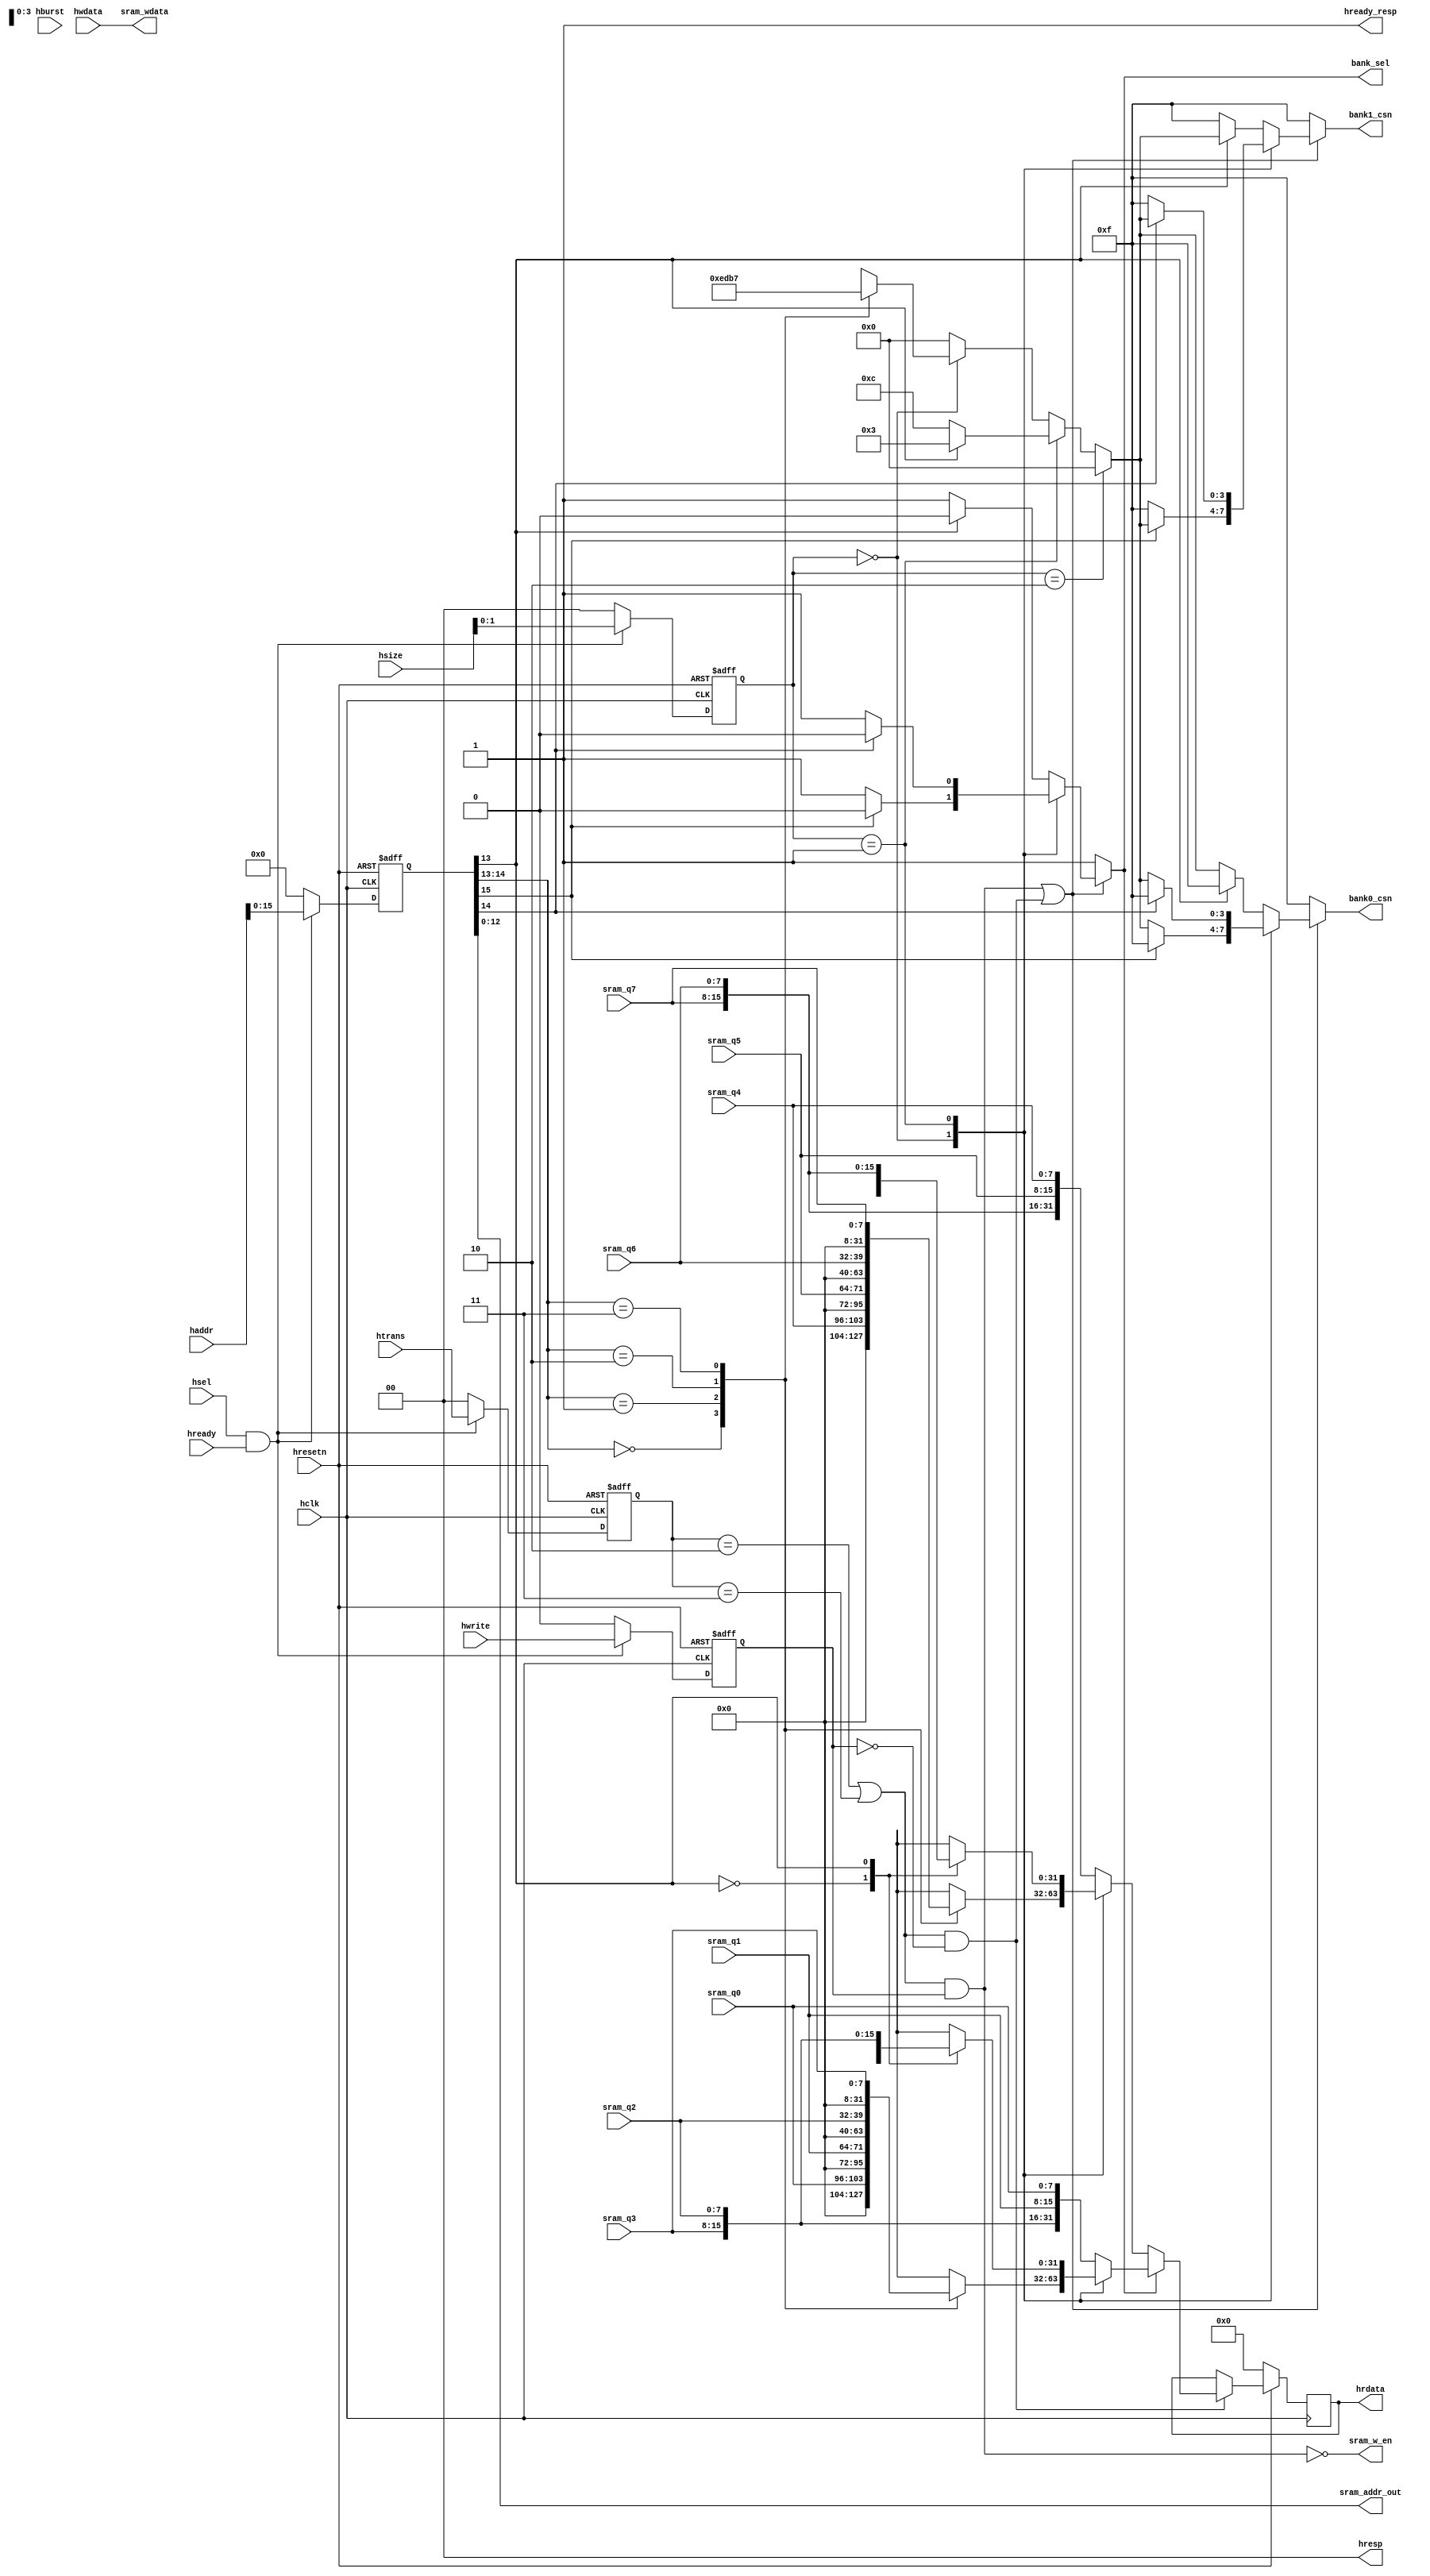
`timescale 1ns / 1ps
//////////////////////////////////////////////////////////////////////////////////


module ahb_slave_if(
    // Global signals
    input  hclk,
    input  hresetn,
    // AHB Master signals 
    input  hsel,                   
    input  hready,                 
    input  hwrite,                 
    input  [1:0]   htrans,         
    input  [2:0]   hsize,          
    input  [2:0]   hburst,         
    input  [31:0]  haddr,          
    input  [31:0]  hwdata,         
    // sram_core data output signals for read data from sram
    input  [7:0]  sram_q0,              
    input  [7:0]  sram_q1,              
    input  [7:0]  sram_q2,              
    input  [7:0]  sram_q3,
    input  [7:0]  sram_q4,
    input  [7:0]  sram_q5,
    input  [7:0]  sram_q6,
    input  [7:0]  sram_q7,
    


    // signals to AHB bus 
    output  [1:0]  hresp,             
    output         hready_resp,       
    output  [31:0] hrdata,            

    // sram read or write enable signals
    // when "sram_w_en" is low, it means write sram, when "sram_w_en" is high, it means read sram,
    output  sram_w_en,  

    // choose the write srams when bank is confirmed
    // bank_csn allows the four bytes in the 32-bit width to be written independently
    output  reg        bank_sel,
    output  reg [3:0]  bank0_csn,
    output  reg [3:0]  bank1_csn,

    // signals to sram_core in normal operation, it contains sram address and data writing into sram 
    output  [12:0]  sram_addr_out,          
    output  [31:0]  sram_wdata              
); 

    // internal registers used for temp the input ahb signals 
    // temperate all the AHB input signals
    reg         hwrite_r;         
    reg  [2:0]  hsize_r;          
    reg  [2:0]  hburst_r;         
    reg  [1:0]  htrans_r;         
    reg  [31:0] haddr_r;          

    reg  [3:0]  sram_csn;         
    // Internal signals    
    // "haddr'_sel" and hsize_sel" used to generate banks of sram: "bank0_sel" and "bank1_sel"
    wire  [1:0]  haddr_sel;
    wire  [1:0]  hsize_sel;

    wire         sram_csn_en;     

    wire         sram_write;     
    wire         sram_read;      
    wire  [15:0] sram_addr;      
    reg   [31:0] sram_data_out;  

    // transfer type signal encoding
    parameter  IDLE   = 2'b00; // htrans
    parameter  BUSY   = 2'b01;
    parameter  NONSEQ = 2'b10; 
    parameter  SEQ    = 2'b11;  
   
    parameter SUB_DATA = 1'b0;
//--------------------------------------------------------------------------------------------------------
//----------------------------------------------Main code------------------------------------------
//--------------------------------------------------------------------------------------------------------


    // Combitional portion ,     
    // assign the response and read data of the AHB slave
    // To implement sram function-writing or reading in one cycle, value of hready_resp is always "1"
    assign  hready_resp = 1'b1;    
    assign  hresp       = 2'b00;   

    // sram data output to AHB bus
    assign  hrdata = sram_data_out;  

    // Generate sram write and read enable signals
    assign  sram_write = ((htrans_r == NONSEQ) || (htrans_r == SEQ)) && hwrite_r;
    assign  sram_read = ((htrans_r == NONSEQ) || (htrans_r == SEQ)) && (! hwrite_r);
    assign  sram_w_en = !sram_write;     


    // Generate sram address 
    assign  sram_addr = haddr_r[15:0];      
    assign  sram_addr_out = sram_addr[12:0];
    // Generate bank select signals by the value of sram_addr[15].
    // Each bank(32K*32, comprises of four sram block(8K*8), and the width of the address of the bank is
    // 15 bits(14-0),so the sram_addr[15] is the minimum of the next bank. if it is value is '1', it means 
    // the next bank is selected.
    assign sram_csn_en = (sram_write || sram_read); 

    // signals used to generating sram chip select signal in one bank.


    assign  haddr_sel = sram_addr[14:13];    
    assign  hsize_sel  = hsize_r[1:0];

    // data from AHB writing into sram.
    assign  sram_wdata =hwdata;   




    always@(*)begin
        if(sram_csn_en)begin
            case(hsize_sel)
                2'b00:begin//8bit
                    bank0_csn = (sram_addr[15] == 1'b0)?sram_csn:4'b1111;
                    bank1_csn = (sram_addr[15] == 1'b1)?sram_csn:4'b1111;
                    bank_sel =  (sram_addr[15] == 1'b0)?1'b1:1'b0;
                end
                2'b01:begin                          
                    bank0_csn = (sram_addr[14] == 1'b0)?sram_csn:4'b1111;
                    bank1_csn = (sram_addr[14] == 1'b1)?sram_csn:4'b1111;
                    bank_sel =  (sram_addr[14] == 1'b0)?1'b1:1'b0;               
                end
                2'b10:begin                            
                    bank0_csn = (sram_addr[13] == 1'b0)?sram_csn:4'b1111;
                    bank1_csn = (sram_addr[13] == 1'b1)?sram_csn:4'b1111;
                    bank_sel =  (sram_addr[13] == 1'b0)?1'b1:1'b0;                
                end
                default:begin//32            
                    bank0_csn = (sram_addr[13] == 1'b0)?sram_csn:4'b1111;
                    bank1_csn = (sram_addr[13] == 1'b1)?sram_csn:4'b1111;
                    bank_sel =  (sram_addr[13] == 1'b0)?1'b1:1'b0;                 
                end
            endcase
        end
        else begin
            bank0_csn = 4'b1111;
            bank1_csn = 4'b1111;
            bank_sel  = 1'b1;
        end
    end
    
        
    // Choose the right data output of two banks(bank0,bank1) according to the value of bank_sel.
    
    // If bank_sel = 1'b1, bank1 selected;or, bank0 selected.    
   
    always@(posedge hclk)begin
        if(!hresetn)begin
            sram_data_out <= {32{SUB_DATA}};
        end
        else if(sram_read)begin
            if(bank_sel)begin
                case(hsize_sel)
                    2'b00:begin//data size 8bit
                        case(haddr_sel)
                            2'b00:sram_data_out <= {{24{SUB_DATA}},sram_q0};
                            2'b01:sram_data_out <= {{24{SUB_DATA}},sram_q1};
                            2'b10:sram_data_out <= {{24{SUB_DATA}},sram_q2};
                            2'b11:sram_data_out <= {{24{SUB_DATA}},sram_q3};
                        endcase
                    end
                    2'b01:begin//data size 16bit
                         case(haddr_sel[0])
                            1'b0:sram_data_out <= {{16{SUB_DATA}},sram_q1,sram_q0};
                            1'b1:sram_data_out <= {{16{SUB_DATA}},sram_q3,sram_q2};
                        endcase                   
                     
                    end
                    2'b10:sram_data_out <= {sram_q3,sram_q2,sram_q1,sram_q0};//data size 32bit
                    default:begin 
                          sram_data_out <= {sram_q3,sram_q2,sram_q1,sram_q0};//data size 32bit                  
                    end
                endcase
            end
            else begin
                 case(hsize_sel)
                    2'b00:begin//data size 8bit
                        case(haddr_sel)
                            2'b00:sram_data_out <= {{24{SUB_DATA}},sram_q4};
                            2'b01:sram_data_out <= {{24{SUB_DATA}},sram_q5};
                            2'b10:sram_data_out <= {{24{SUB_DATA}},sram_q6};
                            2'b11:sram_data_out <= {{24{SUB_DATA}},sram_q7};
                        endcase
                    end
                    2'b01:begin//data size 16bit
                         case(haddr_sel[0])
                            1'b0:sram_data_out <= {{16{SUB_DATA}},sram_q5,sram_q4};
                            1'b1:sram_data_out <= {{16{SUB_DATA}},sram_q7,sram_q6};
                        endcase                   
                     
                    end
                    2'b10:sram_data_out <= {sram_q7,sram_q6,sram_q5,sram_q4};//data size 32bit
                    default:begin 
                          sram_data_out <= {sram_q7,sram_q6,sram_q5,sram_q4};//data size 32bit                   
                   end
                endcase           
            end
        end
        else begin
            sram_data_out <= sram_data_out;
        end
    end



    // always@(*)begin
    //     if(!hresetn)begin
    //         sram_data_out = {32{SUB_DATA}};
    //     end
    //     else if(sram_read)begin
    //         if(bank_sel)begin
    //             case(hsize_sel)
    //                 2'b00:begin//data size 8bit
    //                     case(haddr_sel)
    //                         2'b00:sram_data_out = {{24{SUB_DATA}},sram_q0};
    //                         2'b01:sram_data_out = {{24{SUB_DATA}},sram_q1};
    //                         2'b10:sram_data_out = {{24{SUB_DATA}},sram_q2};
    //                         2'b11:sram_data_out = {{24{SUB_DATA}},sram_q3};
    //                     endcase
    //                 end
    //                 2'b01:begin//data size 16bit
    //                      case(haddr_sel[0])
    //                         1'b0:sram_data_out = {{16{SUB_DATA}},sram_q1,sram_q0};
    //                         1'b1:sram_data_out = {{16{SUB_DATA}},sram_q3,sram_q2};
    //                     endcase                   
                     
    //                 end
    //                 2'b10:sram_data_out = {sram_q3,sram_q2,sram_q1,sram_q0};//data size 32bit
    //                 default:begin 
    //                       sram_data_out = {sram_q3,sram_q2,sram_q1,sram_q0};//data size 32bit                  
    //                 end
    //             endcase
    //         end
    //         else begin
    //              case(hsize_sel)
    //                 2'b00:begin//data size 8bit
    //                     case(haddr_sel)
    //                         2'b00:sram_data_out = {{24{SUB_DATA}},sram_q4};
    //                         2'b01:sram_data_out = {{24{SUB_DATA}},sram_q5};
    //                         2'b10:sram_data_out = {{24{SUB_DATA}},sram_q6};
    //                         2'b11:sram_data_out = {{24{SUB_DATA}},sram_q7};
    //                     endcase
    //                 end
    //                 2'b01:begin//data size 16bit
    //                      case(haddr_sel[0])
    //                         1'b0:sram_data_out = {{16{SUB_DATA}},sram_q5,sram_q4};
    //                         1'b1:sram_data_out = {{16{SUB_DATA}},sram_q7,sram_q6};
    //                     endcase                   
                     
    //                 end
    //                 2'b10:sram_data_out = {sram_q7,sram_q6,sram_q5,sram_q4};//data size 32bit
    //                 default:begin 
    //                       sram_data_out = {sram_q7,sram_q6,sram_q5,sram_q4};//data size 32bit                   
    //                end
    //             endcase           
    //         end
    //     end
    //     else begin
    //         sram_data_out = sram_data_out;
    //     end
    // end

// Generate the sram chip selecting signals in one bank.
// results show the AHB bus write or read how many data once a time:byte(8),halfword(16) or word(32).
    always@(*) begin
        if(hsize_sel == 2'b10)            
          sram_csn = 4'b0;                //active low, sram_csn --> 4'b0000, then it is active
        else if(hsize_sel == 2'b01)       //16bits:halfword
          begin      
            if(haddr_sel[0] == 1'b0)        
              sram_csn = 4'b1100;         
            else                          //high halfword
              sram_csn = 4'b0011;         
          end
        else if(hsize_sel == 2'b00)       
          begin
            case(haddr_sel)
              2'b00:sram_csn = 4'b1110;    
              2'b01:sram_csn = 4'b1101;    
              2'b10:sram_csn = 4'b1011;    
              2'b11:sram_csn = 4'b0111;    
            endcase
          end
        else
          sram_csn = 4'b0;      
    end

// Sequential portion,     
// tmp the ahb address and control signals
    always@(posedge hclk or negedge hresetn) begin
        if(!hresetn)
          begin
            hwrite_r <= 1'b0;
            hsize_r  <= 3'b0;
            hburst_r <= 3'b0;         
            htrans_r <= 2'b0;
            haddr_r  <= 32'b0;
          end
        else if(hsel && hready)
          begin
            hwrite_r <= hwrite;
            hsize_r  <= hsize;       
            hburst_r <= hburst;      
            htrans_r <= htrans;
            haddr_r  <= haddr;
          end
        else
          begin
            hwrite_r <= 1'b0;
            hsize_r  <= 3'b0;
            hburst_r <= 3'b0;         
            htrans_r <= 2'b0;
            haddr_r  <= 32'b0;
          end
    end

endmodule